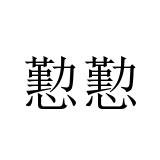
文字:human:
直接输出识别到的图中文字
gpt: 懃懃